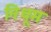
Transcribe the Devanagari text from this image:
निधूम